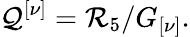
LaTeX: {\cal Q}^{\left[\nu\right]}={\cal R}_{5}/G_{\left[\nu\right]}.